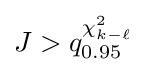
J>q_{0.95}^{\chi _{k-\ell }^{2}}